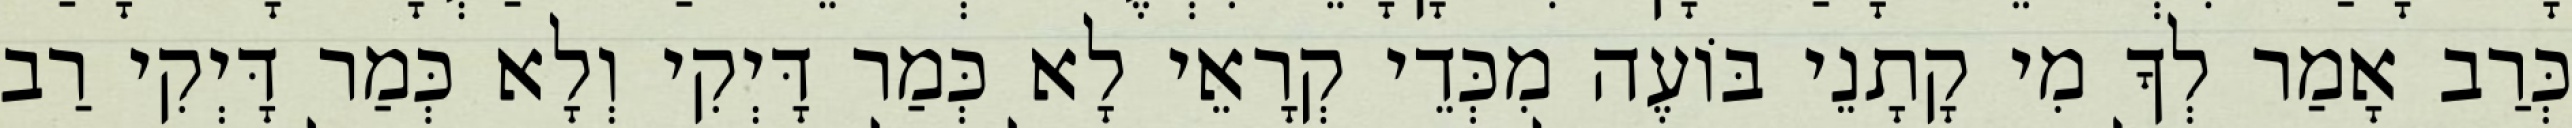
כְּרַב אָמַר לְךָ מִי קָתָנֵי בּוֹעֶה מִכְּדֵי קְרָאֵי לָא כְּמַר דָּיְקִי וְלָא כְּמַר דָּיְקִי רַב